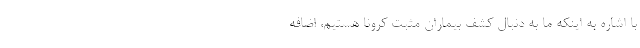
با اشاره به اینکه ما به دنبال کشف بیماران مثبت کرونا هستیم، اضافه